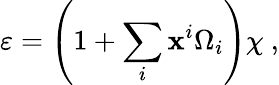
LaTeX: \varepsilon=\left(1+\sum_{i}\mathbf{x}^{i}\Omega_{i}\right)\chi~,